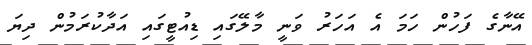
އޭނާގެ ފަހުން ހަމަ އެ އަހަރު ވަނީ މާލޭގައި ޑިއުޓީގައި އަދާކުރަމުން ދިޔަ